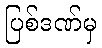
ပြစ်ဒဏ်မှ